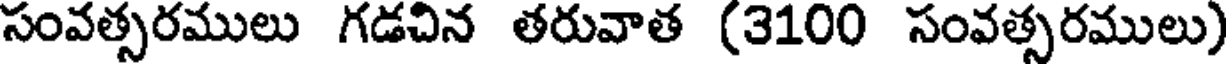
సంవత్సరములు గడచిన తరువాత (3100 సంవత్సరములు)